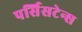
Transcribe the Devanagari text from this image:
पर्सिसटेन्स